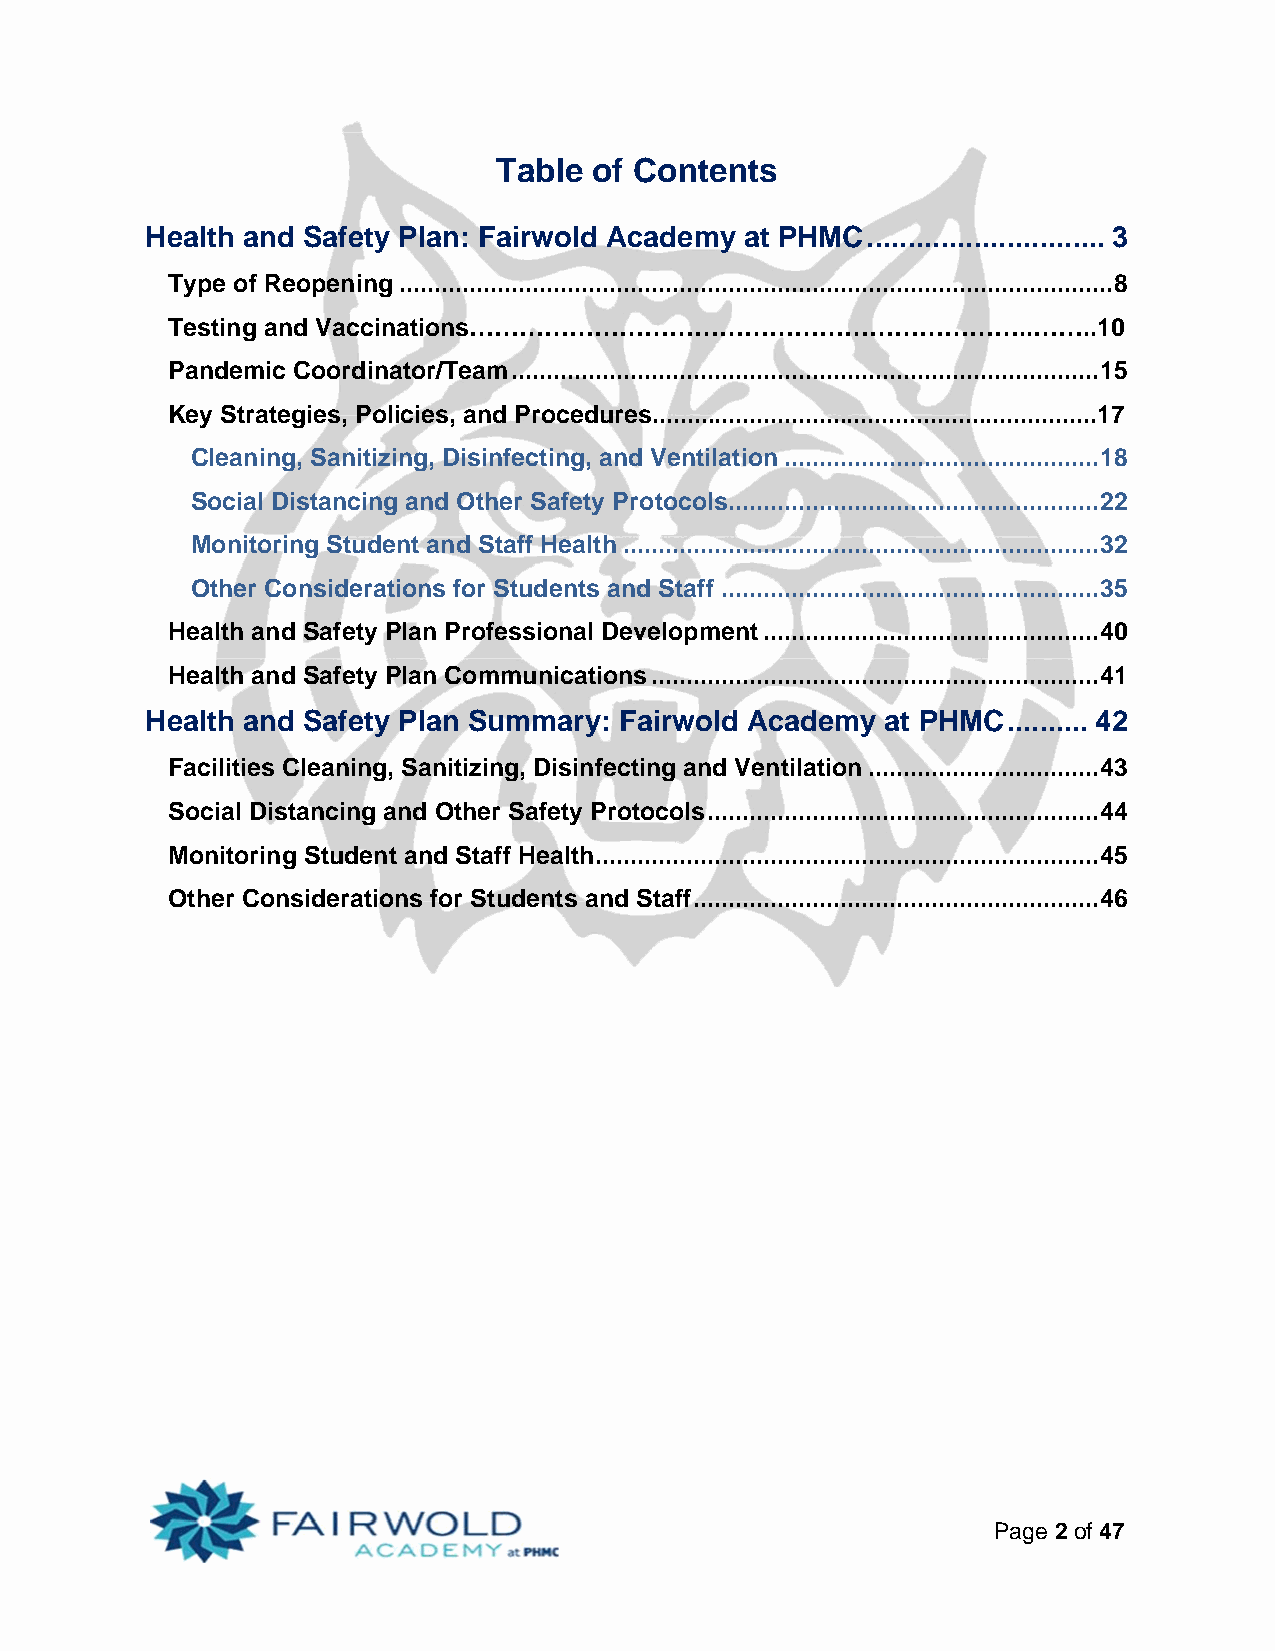
Table of Contents
 Health and Safety Plan: Fairwold Academy at PHMC ............................. 3
 Type of Reopening ...................................................................................................... 8
 Testing and Vaccinations…………………………………………………………..……..10
 Pandemic Coordinator/Team .................................................................................... 15
 Key Strategies, Policies, and Procedures................................................................17
 Cleaning, Sanitizing, Disinfecting, and Ventilation ............................................. 18
 Social Distancing and Other Safety Protocols..................................................... 22
 Monitoring Student and Staff Health .................................................................... 32
 Other Considerations for Students and Staff ...................................................... 35
 Health and Safety Plan Professional Development ................................................ 40
 Health and Safety Plan Communications ................................................................ 41
 Health and Safety Plan Summary: Fairwold Academy at PHMC .......... 42
 Facilities Cleaning, Sanitizing, Disinfecting and Ventilation ................................. 43
 Social Distancing and Other Safety Protocols ........................................................ 44
 Monitoring Student and Staff Health ........................................................................ 45
 Other Considerations for Students and Staff .......................................................... 46
 Page 2 of 47